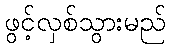
ဖွင့်လှစ်သွားမည်